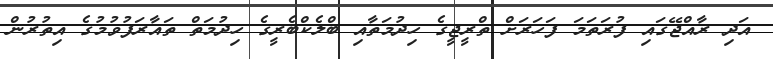
އަދި ރާއްޖޭގައި ފުރަތަމަ ފަހަރަށް ތްރީޖީގެ ހިދުމަތާއި ބްލެކްބެރީގެ ހިދުމަތް ތައާރަފުވުމުގެ އިތުރުން